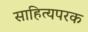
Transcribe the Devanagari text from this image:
साहित्यपरक